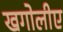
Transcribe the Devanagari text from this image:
खगोलीए